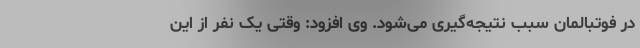
در فوتبالمان سبب نتیجه‌گیری می‌شود. وی افزود: وقتی یک نفر از این